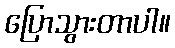
ပြောသွားတာပါ။